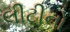
લીટીનો